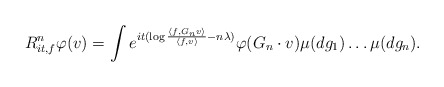
\begin{align*}R_{it, f}^n\varphi(v) = \int e^{it (\log \frac{\langle f, G_n v\rangle}{\langle f, v \rangle} - n\lambda) } \varphi( G_n \cdot v ) \mu(dg_1) \ldots \mu(dg_n).\end{align*}